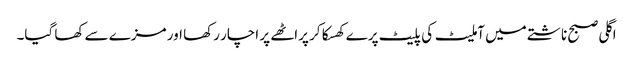
اگلی صبح ناشتے میں آملیٹ کی پلیٹ پرے کھسکا کر پراٹھے پر اچار رکھا اور مزے سے کھا گیا۔